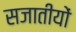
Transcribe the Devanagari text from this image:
सजातीयों